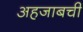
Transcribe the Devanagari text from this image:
अहजाबची